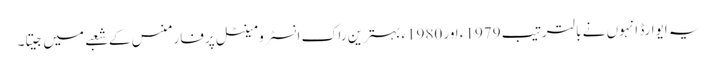
یہ ایوارڈ انہوں نے بالترتیب 1979ء اور 1980ء بہترین راک انسٹرومینٹل پرفارمنس کے شعبے میں جیتا۔